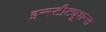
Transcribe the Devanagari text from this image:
इन्स्टीट्यूशन्स